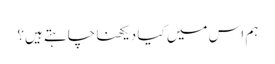
ہم اس میں کیا دیکھنا چاہتے ہیں؟